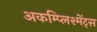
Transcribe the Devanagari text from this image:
अकम्प्लिश्मेंट्स